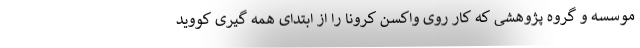
موسسه و گروه پژوهشی که کار روی واکسن کرونا را از ابتدای همه گیری کووید